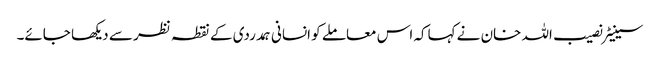
سینیٹر نصیب اللہ خان نے کہاکہ اس معاملے کو انسانی ہمدردی کے نقطہ نظر سے دیکھا جائے۔